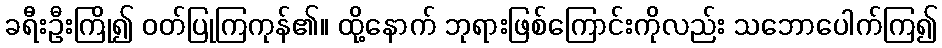
ခရီးဦးကြို၍ ဝတ်ပြုကြကုန်၏။ ထို့နောက် ဘုရားဖြစ်ကြောင်းကိုလည်း သဘောပေါက်ကြ၍